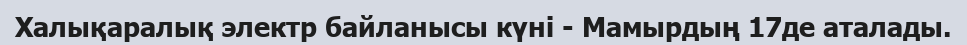
Халықаралық электр байланысы күні - Мамырдың 17де аталады.